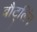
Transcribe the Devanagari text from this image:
बौट्लिंग